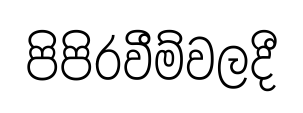
පිපිරවීම්වලදී